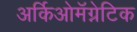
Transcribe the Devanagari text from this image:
अर्किओमॅग्नेटिक